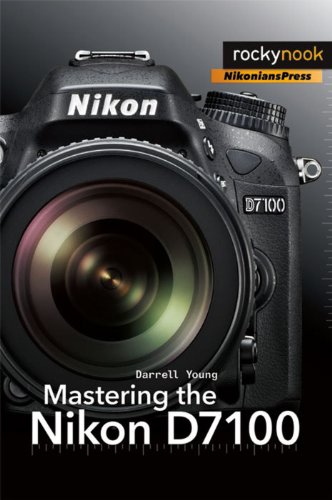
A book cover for Mastering the Nikon D7100; Darrell Young; Arts & Photography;